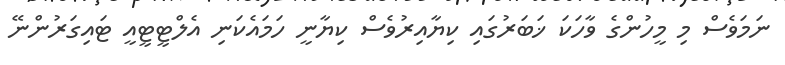
ނަމަވެސް މި މީހުންގެ ވާހަކަ ޚަބަރުގައި ކިޔާއިރުވެސް ކިޔާނީ ހަމައެކަނި އެލްޓީޓީއީ ޓައިގަރުންނޭ